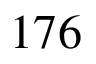
1 7 6